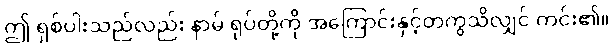
ဤ ရှစ်ပါးသည်လည်း နာမ် ရုပ်တို့ကို အကြောင်းနှင့်တကွသိလျှင် ကင်း၏။